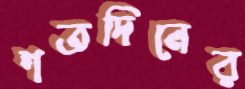
শতদিনের